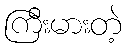
ကြီးမားတဲ့